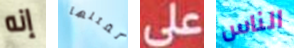
إنه لقتلها على الناس